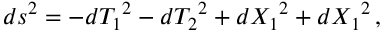
d s ^ { 2 } = - d { T _ { 1 } } ^ { 2 } - d { T _ { 2 } } ^ { 2 } + d { X _ { 1 } } ^ { 2 } + d { X _ { 1 } } ^ { 2 } \, ,